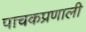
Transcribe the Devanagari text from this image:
पाचकप्रणाली